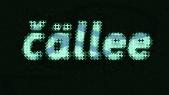
čällee